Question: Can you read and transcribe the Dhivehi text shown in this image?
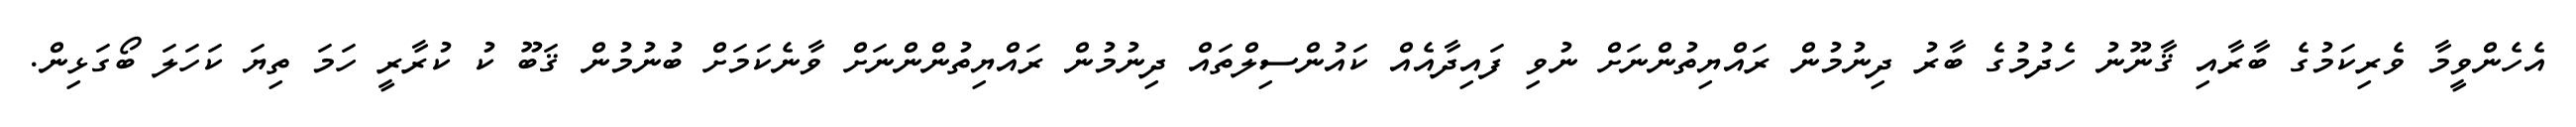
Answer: އެހެންވީމާ ވެރިކަމުގެ ބާރާއި ޤާނޫނު ހެދުމުގެ ބާރު ދިނުމުން ރައްޔިތުންނަށް ނުވި ފައިދާއެއް ކައުންސިލްތައް ދިނުމުން ރައްޔިތުންންނަށް ވާނެކަމަށް ބުނުމުން ޤަބޫ ކު ކުރާރީ ހަމަ ތިޔަ ކަހަލަ ބޯގަޅިން.